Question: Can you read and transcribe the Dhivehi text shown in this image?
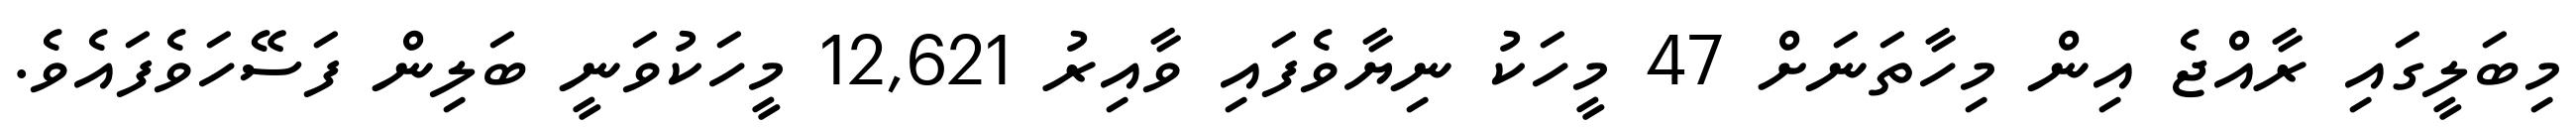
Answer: މިބަލީގައި ރާއްޖެ އިން މިހާތަނަށް 47 މީހަކު ނިޔާވެފައި ވާއިރު 12,621 މީހަކުވަނީ ބަލިން ފަސޭހަވެފައެވެ.